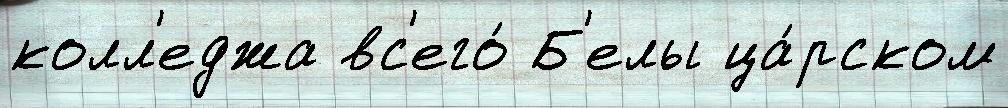
колл'еджа вс'его́ Б'елы ца́рском